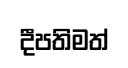
දීපතිමත්